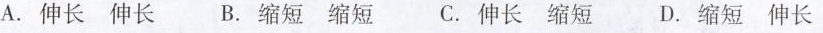
A.伸长伸长 B.缩短缩短 C.伸长缩短D.缩短伸长